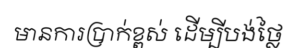
មានការប្រាក់ខ្ពស់ ដើម្បីបង់ថ្លៃ